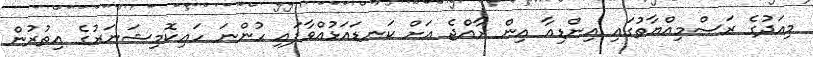
މިއަދުގެ ރަސްމިއްޔާތުގައި އިންޑިއާ އިން ރާއްޖެ އަށް ކަނޑައަޅުއްވާފައި ހުންނަ ހައިކޮމިޝަނަރުގެ އިތުރުން